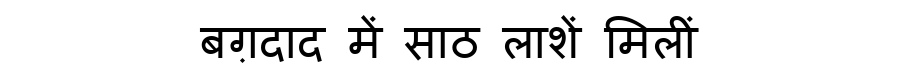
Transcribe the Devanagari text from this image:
बग़दाद में साठ लाशें मिलीं